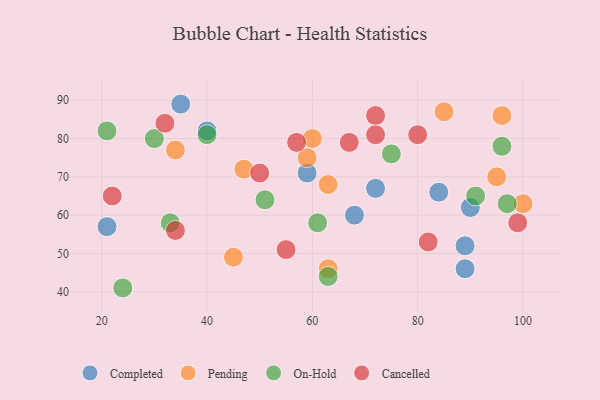
{"axis": {"x": "GDP", "y": "Life Expectancy"}, "legend": ["Cancelled", "Completed", "On-Hold", "Pending"], "data": [{"x": "21", "y": 57, "type": "Completed"}, {"x": "89", "y": 52, "type": "Completed"}, {"x": "59", "y": 71, "type": "Completed"}, {"x": "84", "y": 66, "type": "Completed"}, {"x": "89", "y": 46, "type": "Completed"}, {"x": "90", "y": 62, "type": "Completed"}, {"x": "35", "y": 89, "type": "Completed"}, {"x": "72", "y": 67, "type": "Completed"}, {"x": "40", "y": 82, "type": "Completed"}, {"x": "68", "y": 60, "type": "Completed"}, {"x": "60", "y": 80, "type": "Pending"}, {"x": "45", "y": 49, "type": "Pending"}, {"x": "34", "y": 77, "type": "Pending"}, {"x": "85", "y": 87, "type": "Pending"}, {"x": "95", "y": 70, "type": "Pending"}, {"x": "47", "y": 72, "type": "Pending"}, {"x": "63", "y": 46, "type": "Pending"}, {"x": "63", "y": 68, "type": "Pending"}, {"x": "100", "y": 63, "type": "Pending"}, {"x": "96", "y": 86, "type": "Pending"}, {"x": "59", "y": 75, "type": "Pending"}, {"x": "21", "y": 82, "type": "On-Hold"}, {"x": "33", "y": 58, "type": "On-Hold"}, {"x": "61", "y": 58, "type": "On-Hold"}, {"x": "75", "y": 76, "type": "On-Hold"}, {"x": "40", "y": 81, "type": "On-Hold"}, {"x": "63", "y": 44, "type": "On-Hold"}, {"x": "97", "y": 63, "type": "On-Hold"}, {"x": "51", "y": 64, "type": "On-Hold"}, {"x": "24", "y": 41, "type": "On-Hold"}, {"x": "91", "y": 65, "type": "On-Hold"}, {"x": "96", "y": 78, "type": "On-Hold"}, {"x": "30", "y": 80, "type": "On-Hold"}, {"x": "80", "y": 81, "type": "Cancelled"}, {"x": "72", "y": 86, "type": "Cancelled"}, {"x": "32", "y": 84, "type": "Cancelled"}, {"x": "67", "y": 79, "type": "Cancelled"}, {"x": "82", "y": 53, "type": "Cancelled"}, {"x": "72", "y": 81, "type": "Cancelled"}, {"x": "22", "y": 65, "type": "Cancelled"}, {"x": "55", "y": 51, "type": "Cancelled"}, {"x": "99", "y": 58, "type": "Cancelled"}, {"x": "50", "y": 71, "type": "Cancelled"}, {"x": "34", "y": 56, "type": "Cancelled"}, {"x": "57", "y": 79, "type": "Cancelled"}]}